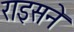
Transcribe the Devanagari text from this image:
राइसने